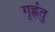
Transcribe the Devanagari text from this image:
गृह्णंतु